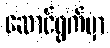
ဆောင်ရွက်မှာ